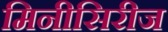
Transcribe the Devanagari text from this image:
मिनीसिरीज